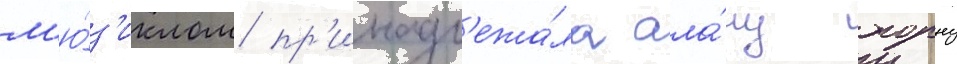
м'ю́з'иклом пр'инадл'ежа́ла ала́ну хорну